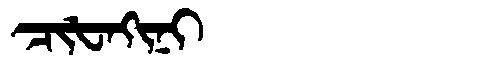
Manchu: ᠴᡳᡶᠠᡴᡳᠨᡳ
Romanization: CIFAKINI